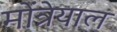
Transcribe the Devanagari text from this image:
मोंत्रेयाल